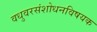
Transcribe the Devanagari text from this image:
वधुवरसंशोधनविषयक